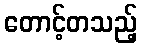
တောင့်တသည့်